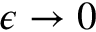
\epsilon \to 0